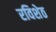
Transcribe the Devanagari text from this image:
रविशेठ